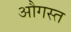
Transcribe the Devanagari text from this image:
औगस्त